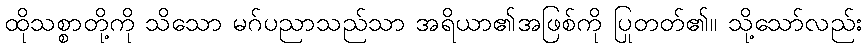
ထိုသစ္စာတို့ကို သိသော မဂ်ပညာသည်သာ အရိယာ၏အဖြစ်ကို ပြုတတ်၏။ သို့သော်လည်း